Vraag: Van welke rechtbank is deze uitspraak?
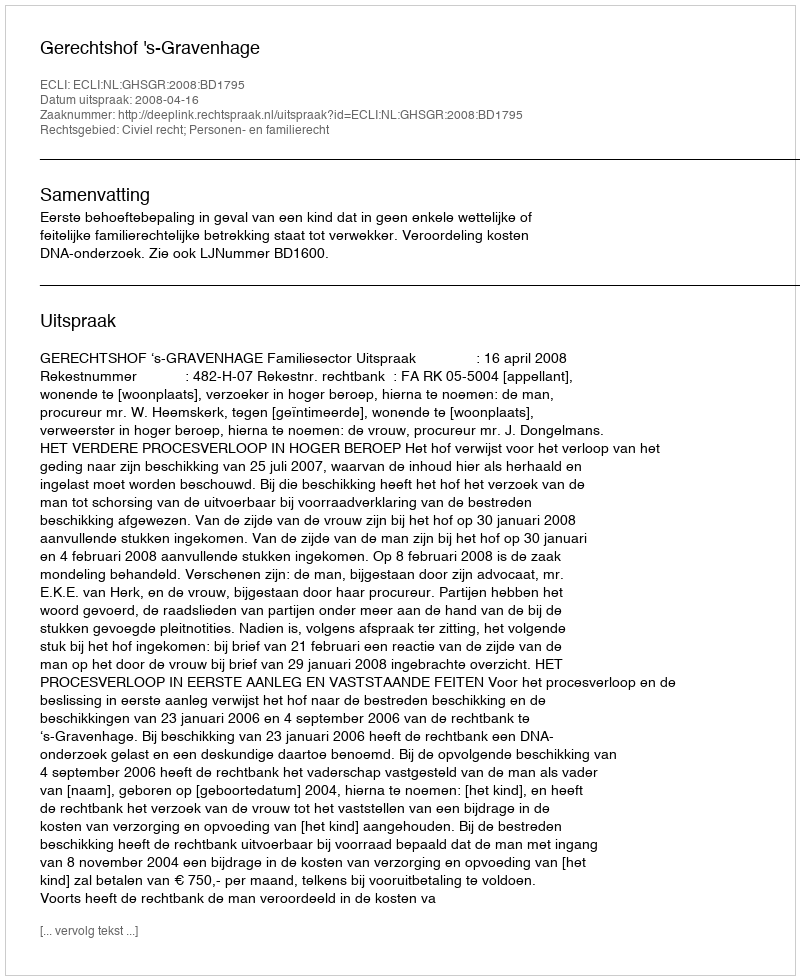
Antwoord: Gerechtshof 's-Gravenhage